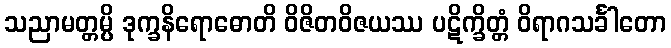
သညာမတ္တမ္ပိ ဒုက္ခနိရောဓောတိ ဝိဇိတဝိဇယဿ ပဋိက္ခိတ္တံ ဝိရာဂသင်္ခါတော